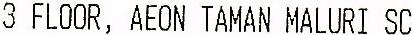
3 FLOOR, AEON TAMAN MALURI SC